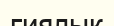
гиялык